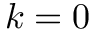
k = 0